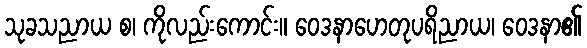
သုခသညာယ စ၊ ကိုလည်းကောင်း။ ဝေဒနာဟေတုပရိညာယ၊ ဝေဒနာ၏